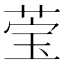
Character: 𬝄